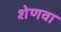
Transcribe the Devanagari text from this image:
शेणवा